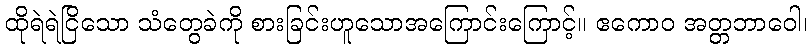
ထိုရဲရဲငြိသော သံတွေခဲကို စားခြင်းဟူသောအကြောင်းကြောင့်။ ဧကောဝ အတ္တဘာဝေါ၊